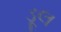
ડૂલ